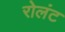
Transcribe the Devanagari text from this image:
रोलंट